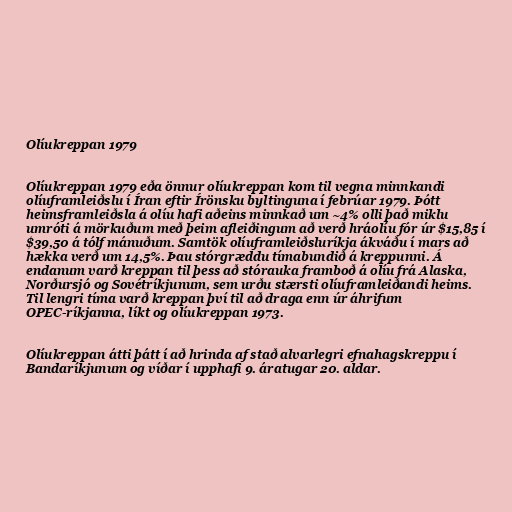
Olíukreppan 1979

Olíukreppan 1979 eða önnur olíukreppan kom til vegna minnkandi
olíuframleiðslu í Íran eftir Írönsku byltinguna í febrúar 1979. Þótt
heimsframleiðsla á olíu hafi aðeins minnkað um ~4% olli það miklu
umróti á mörkuðum með þeim afleiðingum að verð hráolíu fór úr $15,85 í
$39,50 á tólf mánuðum. Samtök olíuframleiðsluríkja ákváðu í mars að
hækka verð um 14,5%. Þau stórgræddu tímabundið á kreppunni. Á
endanum varð kreppan til þess að stórauka framboð á olíu frá Alaska,
Norðursjó og Sovétríkjunum, sem urðu stærsti olíuframleiðandi heims.
Til lengri tíma varð kreppan því til að draga enn úr áhrifum
OPEC-ríkjanna, líkt og olíukreppan 1973.

Olíukreppan átti þátt í að hrinda af stað alvarlegri efnahagskreppu í
Bandaríkjunum og víðar í upphafi 9. áratugar 20. aldar.